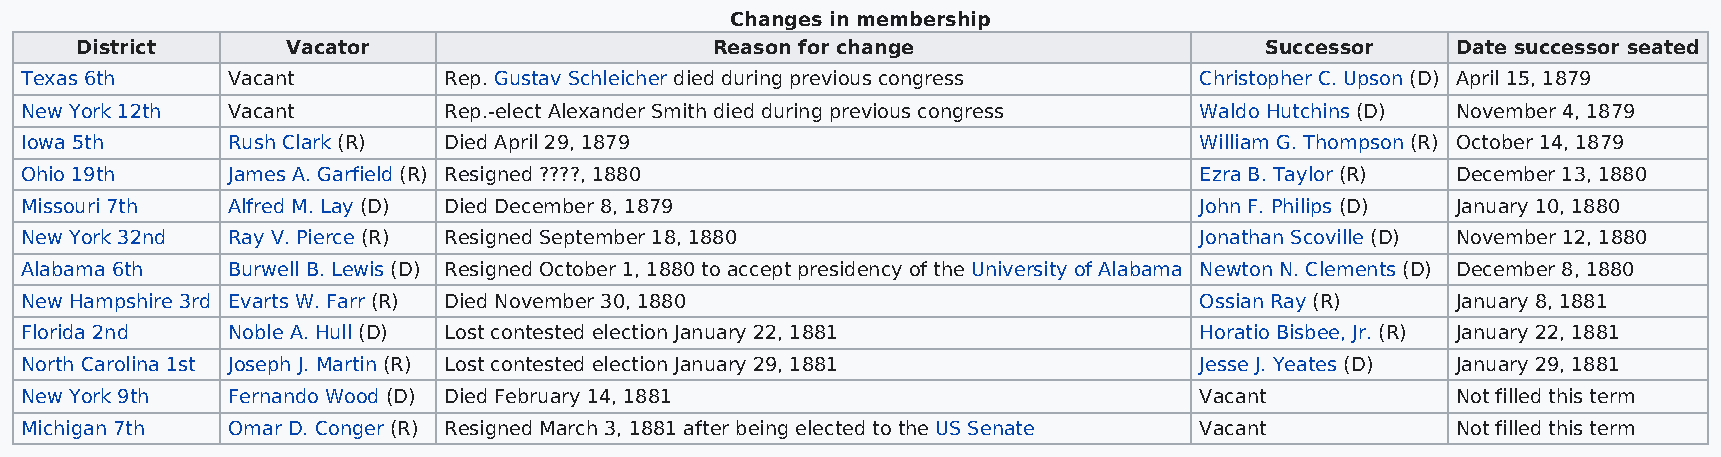
Changes in membership
 District      Vacator                     Reason for change                    Successor   Date successor seated
 Texas 6th     Vacant        Rep. Gustav Schleicher died during previous congress Christopher C. Upson (D) April 15, 1879
 New York 12th Vacant        Rep.-elect Alexander Smith died during previous congress Waldo Hutchins (D) November 4, 1879
 Iowa 5th      Rush Clark (R) Died April 29, 1879                              William G. Thompson (R) October 14, 1879
 Ohio 19th     James A. Garfield (R) Resigned ????, 1880                       Ezra B. Taylor (R) December 13, 1880
 Missouri 7th  Alfred M. Lay (D) Died December 8, 1879                         John F. Philips (D) January 10, 1880
 New York 32nd Ray V. Pierce (R) Resigned September 18, 1880                   Jonathan Scoville (D) November 12, 1880
 Alabama 6th   Burwell B. Lewis (D) Resigned October 1, 1880 to accept presidency of the University of Alabama Newton N. Clements (D) December 8, 1880
 New Hampshire 3rd Evarts W. Farr (R) Died November 30, 1880                   Ossian Ray (R)   January 8, 1881
 Florida 2nd   Noble A. Hull (D) Lost contested election January 22, 1881      Horatio Bisbee, Jr. (R) January 22, 1881
 North Carolina 1st Joseph J. Martin (R) Lost contested election January 29, 1881 Jesse J. Yeates (D) January 29, 1881
 New York 9th  Fernando Wood (D) Died February 14, 1881                        Vacant           Not filled this term
 Michigan 7th  Omar D. Conger (R) Resigned March 3, 1881 after being elected to the US Senate Vacant Not filled this term